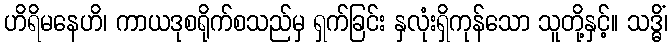
ဟိရိမနေဟိ၊ ကာယဒုစရိုက်စသည်မှ ရှက်ခြင်း နှလုံးရှိကုန်သော သူတို့နှင့်။ သဒ္ဓိံ၊